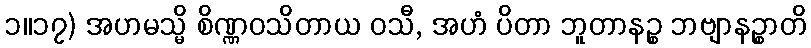
၁။၁၇) အဟမသ္မိ စိဏ္ဏဝသိတာယ ဝသီ, အဟံ ပိတာ ဘူတာနဉ္စ ဘဗျာနဉ္စာတိ